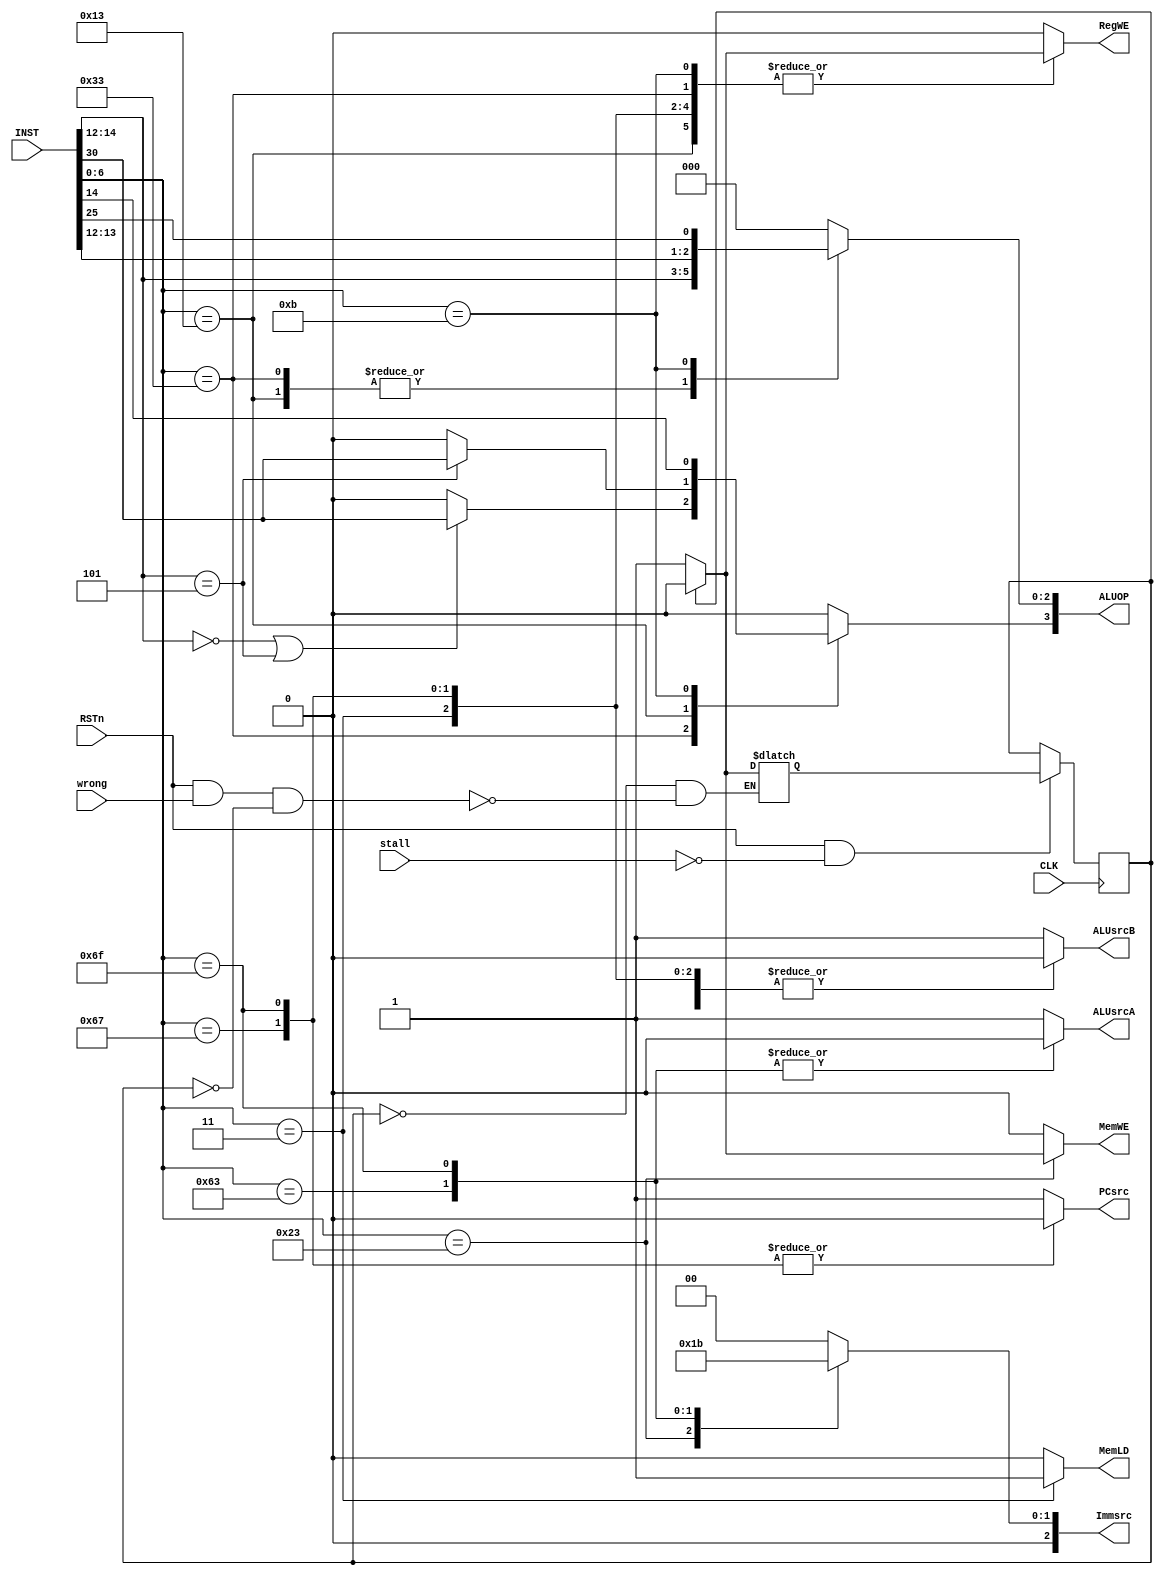
module CTRL (
    input wire [31:0] INST,
    input wire CLK,
    input wire RSTn,
    input wire wrong,
    input wire stall,

	output reg RegWE,
    output reg [3:0] ALUOP,
    output reg ALUsrcA,
    output reg ALUsrcB, 
    output reg [2:0] Immsrc,
    output reg MemWE,
    output reg MemLD,
    output reg PCsrc
    );

    reg state, state_next; // normal: 0, wrong: 1

	initial begin
        state = 1'b0;
        state_next = 1'b0;
    end

    always @(posedge CLK) begin
        if(RSTn && !stall) state <= state_next;
    end

    always @(*) begin
        if (RSTn && wrong && !state) state_next = 1'b1;
        if (state) state_next = 1'b0;
        case (INST[6:0])
            // r-type
			7'b0110011: begin
                ALUOP = {1'b0, INST[14:12]};
                if (INST[14:12] == 3'b000 || INST[14:12] == 3'b101)
                    ALUOP[3] = INST[30];
                ALUsrcA = 1;
                ALUsrcB = 1;
                Immsrc = 3'b000; // x
                MemWE = 0;
                MemLD = 0;
                PCsrc = 1;
                RegWE = (state) ? 0 : 1;
            end

            // i-type
            7'b0010011: begin
                ALUOP = {1'b0, INST[14:12]};
                if (INST[14:12] == 3'b101)
                    ALUOP[3] = INST[30];
                ALUsrcA = 1;
                ALUsrcB = 0;
                Immsrc = 3'b000;
                MemWE = 0;
                MemLD = 0;
                PCsrc = 1;

                RegWE = (state) ? 0 : 1;
            end

            // custom
			7'b0001011: begin
                
                ALUOP = {INST[14:12], INST[25]};
                ALUsrcA = 1;
                ALUsrcB = 1;
                Immsrc = 0; // x
                MemWE = 0;
                MemLD = 0;
                PCsrc = 1;

                RegWE = (state) ? 0 : 1;
            end

            // store
            7'b0100011: begin
                RegWE = 0; 
                ALUOP = 4'b0000;
                ALUsrcA = 1;
                ALUsrcB = 0;
                Immsrc = 3'b001;
                
                MemLD = 0;
                PCsrc = 1;

                MemWE = (state) ? 0 : 1;
            end

            // load
            7'b0000011: begin
                ALUOP = 4'b0000;
                ALUsrcA = 1;
                ALUsrcB = 0;
                Immsrc = 3'b000;
                MemWE = 0;
                MemLD = 1;
                PCsrc = 1;

                RegWE = (state) ? 0 : 1;
            end

            // JALR
            7'b1100111: begin
                ALUOP = 4'b0000;
                ALUsrcA = 1;
                ALUsrcB = 0;
                Immsrc = 3'b000;
                MemWE = 0;
                MemLD = 0;
                PCsrc = 0;

                RegWE = (state) ? 0 : 1;
            end

            // Branch
            7'b1100011: begin
                RegWE = 0; 
                ALUOP = 4'b0000;
                ALUsrcA = 0;
                ALUsrcB = 0;
                Immsrc = 3'b010;
                MemWE = 0;
                MemLD = 0;
                PCsrc = 1;
            end

            // JAL
            7'b1101111: begin
                ALUOP = 4'b0000;
                ALUsrcA = 0;
                ALUsrcB = 0;
                Immsrc = 3'b011;
                MemWE = 0;
                MemLD = 0;
                PCsrc = 0;

                RegWE = (state) ? 0 : 1;
            end

            default: begin
                ALUOP = 4'b0000;
                ALUsrcA = 1;
                ALUsrcB = 1;
                Immsrc = 3'b000;
                MemWE = 0;
                MemLD = 0;
                PCsrc = 1;
                RegWE = 0;
            end
		endcase
    end
	
endmodule